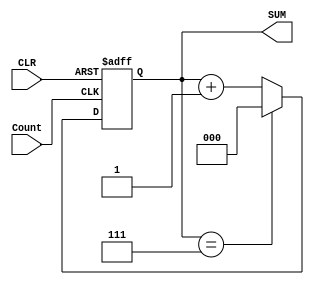

// Behavioural model for N-bit bnary counter

module binaryCounter ( CLR, Count, SUM);
	
	input CLR, Count;
	
	parameter N = 3;
	
	output reg [N-1 : 0] SUM;
	
	always @ (posedge Count, negedge CLR)
	begin
		if (CLR == 1'b0) SUM <=0;
		else
			if (SUM == 2**N - 1'b1) SUM = 0;
			else
				SUM <= SUM + 1'b1;
	end

endmodule